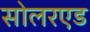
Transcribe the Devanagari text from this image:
सोलरएड